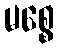
မစ္စေ